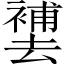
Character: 𱑮